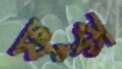
ফুক